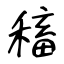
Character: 稸